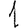
Digit: 1